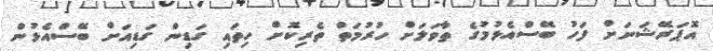
އޮޕަރޭޝަނަށް ފަހު ބޭސްއެޅުމުގެ ތާވަލަށް ހުރުމަތް ތެރިކޮށް ހިތައި ގަޑިން ގަޑިއަށް ބޭސްއެޅުން